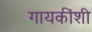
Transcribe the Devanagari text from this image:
गायकींशी